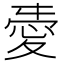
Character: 𢜤